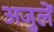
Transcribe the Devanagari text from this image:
अजुलें